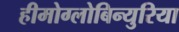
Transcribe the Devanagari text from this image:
हीमोग्लोबिन्युरिया